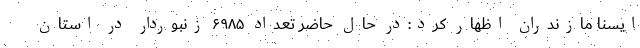
ایسنا مازندران اظهار کرد:در حال حاضر تعداد ۶۹۸۵ زنبوردار در استان